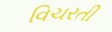
વિચરતી